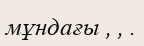
мұндағы , , .